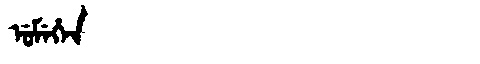
Manchu: ᡠᠮᡝᡥᡝᠨ
Romanization: UMEHEN